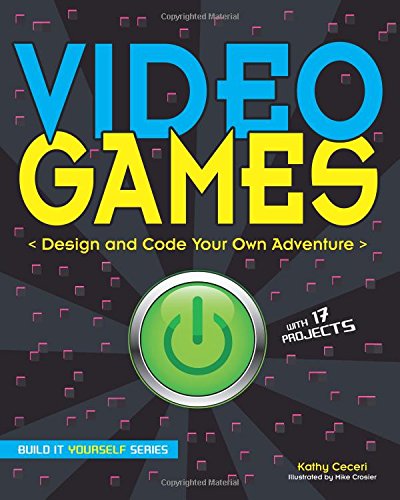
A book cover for Video Games: Design and Code Your Own Adventure (Build It Yourself); Kathy Ceceri; Children's Books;